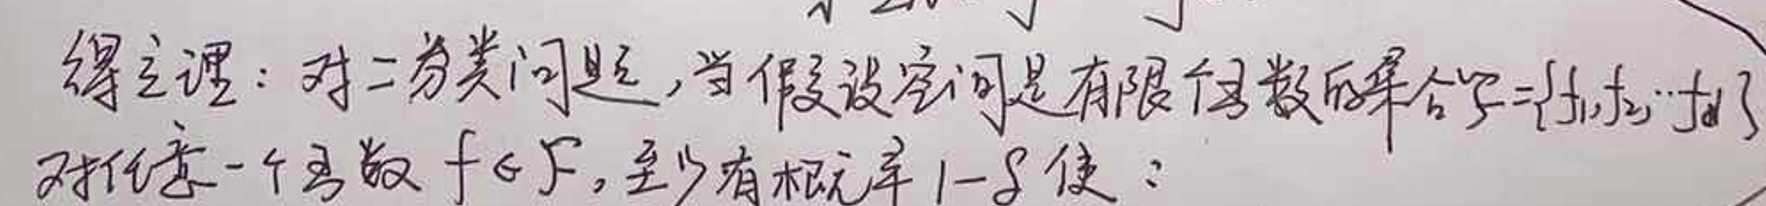
得定理：对二分类问题，当假设空间是有限个函数的集合$\mathcal{F}=\{f_1,f_2,\cdots,f_d\}$，对任意一个函数$f \in \mathcal{F}$，至少有概率$1 - \delta$使：